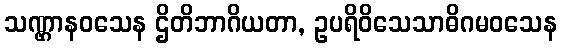
သဏ္ဌာနဝသေန ဌိတိဘာဂိယတာ, ဥပရိဝိသေသာဓိဂမဝသေန